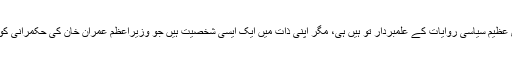
ایک ایمان دار، روشن خیال پاکستانی کے طور پر خورشید قصوری عظیم سیاسی روایات کے علمبردار تو ہیں ہی، مگر اپنی ذات میں ایک ایسی شخصیت ہیں جو وزیراعظم عمران خان کی حکمرانی کو پاکستان کی کامیاب عوامی حکمرانی بنانے میں پُل ثابت ہوں گے۔